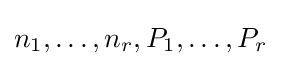
n_{1},\dots ,n_{r},P_{1},\dots ,P_{r}